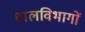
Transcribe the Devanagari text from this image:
बालविभागों